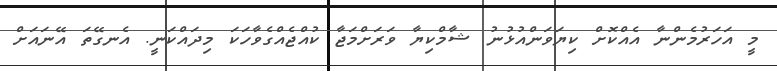
މީ އަހަރުމެންނާ އެެއްކޮށް ކިޔަވަންއުޅުނު ޝާމްކިޔާ ވަރަށްމަޖާ ކުއްޖެއްގެވާހަކަ މިދައްކަނީ. އެނގޭތަ އޭނައަށް